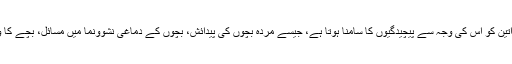
مجموعی طور پر 50 فیصد سے زائد حاملہ خواتین کو اس کی وجہ سے پیچیدگیوں کا سامنا ہوتا ہے، جیسے مردہ بچوں کی پیدائش، بچوں کے دماغی نشوونما میں مسائل، بچے کا وزن انتہائی کم ہونا اور نظام تنفس کے امراض۔